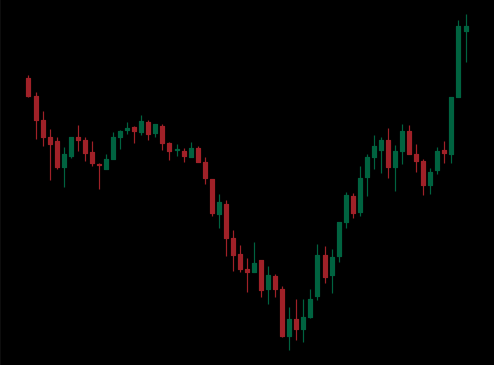
Pattern: inverse_head_shoulders